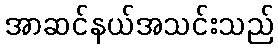
အာဆင်နယ်အသင်းသည်